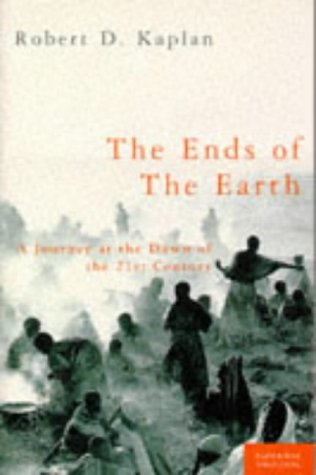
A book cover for THE ENDS OF THE EARTH: A JOURNEY AT THE DAWN OF THE 21ST CENTURY; ROBERT D. KAPLAN; Travel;